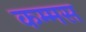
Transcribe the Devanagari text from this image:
कम्मस